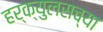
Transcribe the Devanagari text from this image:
हर्क्युलसच्या